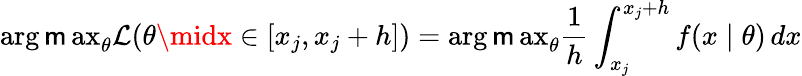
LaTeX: \operatorname{arg\mathsf{m}ax}_{\theta}{\mathcal{{L}}}(\theta\midx\in[x_{j},x_{j}+h])=\operatorname{arg\mathsf{m}ax}_{\theta}{\frac{{1}}{{h}}}\int_{x_{j}}^{x_{j}+h}f(x\mid\theta)\, dx